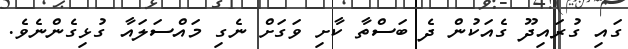
ގައި ގުރައިދޫ ގެއަކުން ދެ ބަސްތާ ކާށި ވަގަށް ނެގި މައްސަލައާ ގުޅިގެންނެވެ.